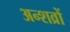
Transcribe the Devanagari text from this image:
अन्शव्रों